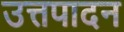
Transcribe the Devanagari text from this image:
उत्तपादन